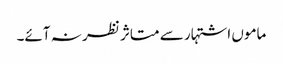
ماموں اشتہار سے متاثر نظر نہ آئے۔